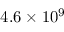
4 . 6 \times 1 0 ^ { 9 }